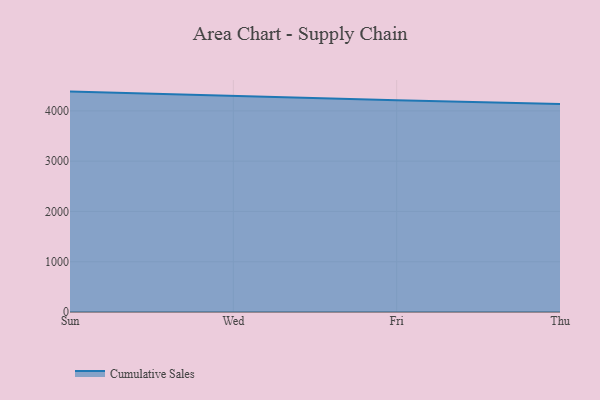
{"axis": {"x": "Day", "y": "Tickets Resolved"}, "legend": ["Cumulative Sales"], "data": [{"x": "Sun", "y": 4383.6, "type": "Cumulative Sales"}, {"x": "Wed", "y": 4294.9, "type": "Cumulative Sales"}, {"x": "Fri", "y": 4209.8, "type": "Cumulative Sales"}, {"x": "Thu", "y": 4136.6, "type": "Cumulative Sales"}]}